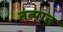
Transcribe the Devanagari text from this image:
तब्यात